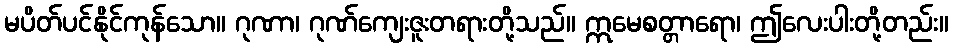
မပိတ်ပင်နိုင်ကုန်သော။ ဂုဏာ၊ ဂုဏ်ကျေးဇူးတရားတို့သည်။ ဣမေစတ္တာရော၊ ဤလေးပါးတို့တည်း။